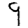
Digit: 9